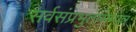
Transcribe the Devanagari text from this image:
सर्वसंप्रभुतासम्पन्न